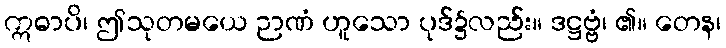
ဣဓာပိ၊ ဤသုတမယေ ဉာဏံ ဟူသော ပုဒ်၌လည်း။ ဒဋ္ဌဗ္ဗံ၊ ၏။ တေန၊